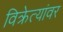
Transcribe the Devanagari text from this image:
विक्रेत्यांवर